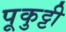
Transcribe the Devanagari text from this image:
पूकुट्टी